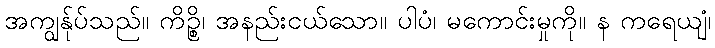
အကျွန်ုပ်သည်။ ကိဉ္စိ၊ အနည်းငယ်သော။ ပါပံ၊ မကောင်းမှုကို။ န ကရေယျံ၊